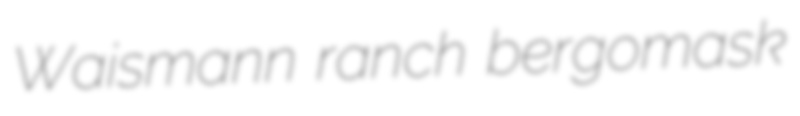
Waismann ranch bergomask